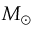
\begin{array} { l } { M _ { \odot } } \end{array}